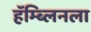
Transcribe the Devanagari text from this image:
हॅम्ब्लिनला